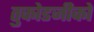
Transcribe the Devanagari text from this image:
तुकोडजीको